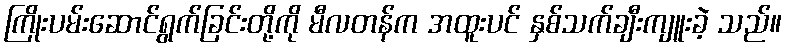
ကြိုးပမ်းဆောင်ရွက်ခြင်းတို့ကို မီလတန်က အထူးပင် နှစ်သက်ချီးကျူးခဲ့ သည်။